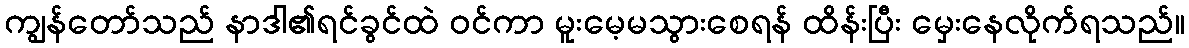
ကျွန်တော်သည် နာဒါ၏ရင်ခွင်ထဲ ဝင်ကာ မူးမေ့မသွားစေရန် ထိန်းပြီး မှေးနေလိုက်ရသည်။